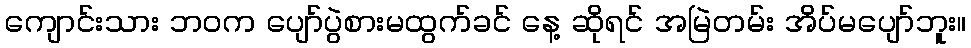
ကျောင်းသား ဘဝက ပျော်ပွဲစားမထွက်ခင် နေ့ ဆိုရင် အမြဲတမ်း အိပ်မပျော်ဘူး။